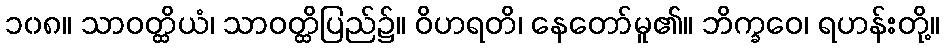
၁၀၈။ သာဝတ္ထိယံ၊ သာဝတ္ထိပြည်၌။ ဝိဟရတိ၊ နေတော်မူ၏။ ဘိက္ခဝေ၊ ရဟန်းတို့။